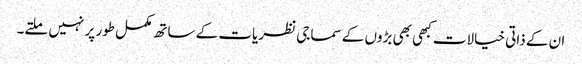
ان کے ذاتی خیالات کبھی بھی بڑوں کے سماجی نظریات کے ساتھ مکمل طور پر نہیں ملتے۔